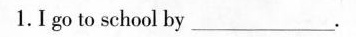
1.I go to school by ___.